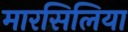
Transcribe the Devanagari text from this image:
मारसिलिया